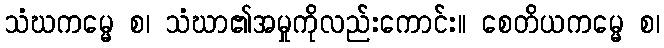
သံဃကမ္မေ စ၊ သံဃာ၏အမှုကိုလည်းကောင်း။ စေတိယကမ္မေ စ၊